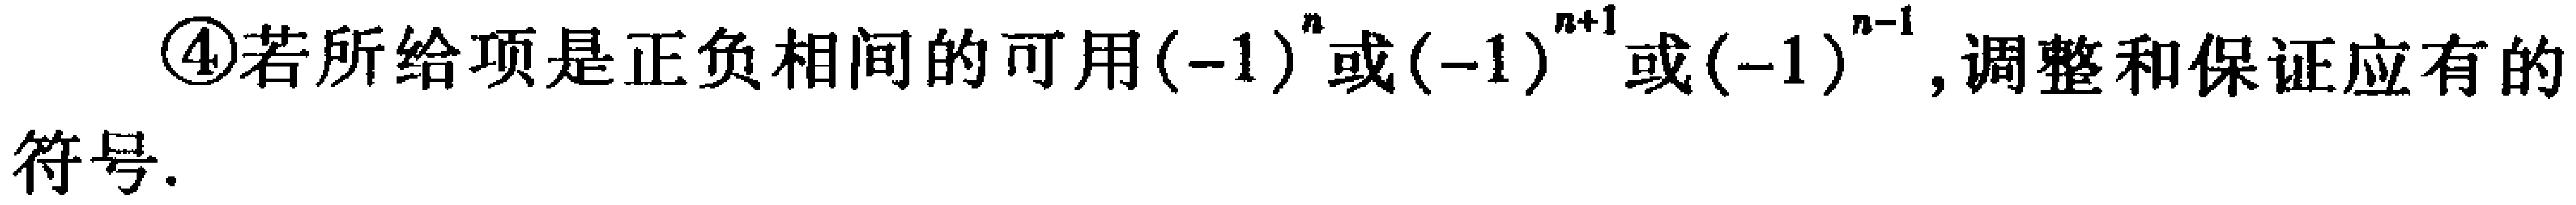
\textcircled{4}若所给项是正负相间的可用\((-1)^{n}\)或\((-1)^{n + 1}\)或\((-1)^{n - 1}\)，调整和保证应有的符号.